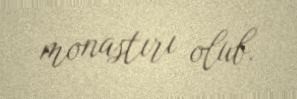
monastırı olub.